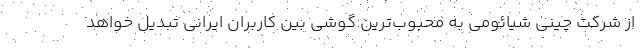
از شرکت چینی شیائومی به محبوب‌ترین گوشی بین کاربران ایرانی تبدیل خواهد